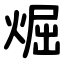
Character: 煀